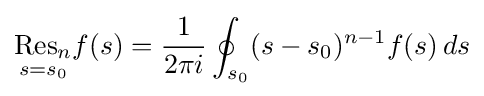
{\underset {s=s_{0}}{\operatorname {Res} _{n}}}f(s)={\frac {1}{2\pi i}}\oint _{s_{0}}(s-s_{0})^{n-1}f(s)\,ds